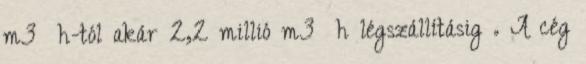
m3 h-tól akár 2,2 millió m3 h légszállításig . A cég